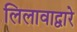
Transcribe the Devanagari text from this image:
लिलावाद्वारे